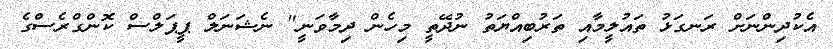
އެކުދިންނަށް ރަނގަޅު ތައުލީމާއި ތަރުބިއްޔަތު ނުދޭތީ މިހެން ދިމާވަނީ" ނެޝަނަލް ޕީޕަލްސް ކޮންގްރެސްގެ